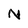
Character: N